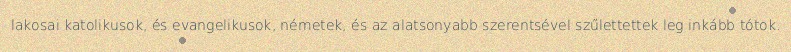
lakosai katolikusok, és evangelikusok, németek, és az alatsonyabb szerentsével szűlettettek leg inkább tótok.